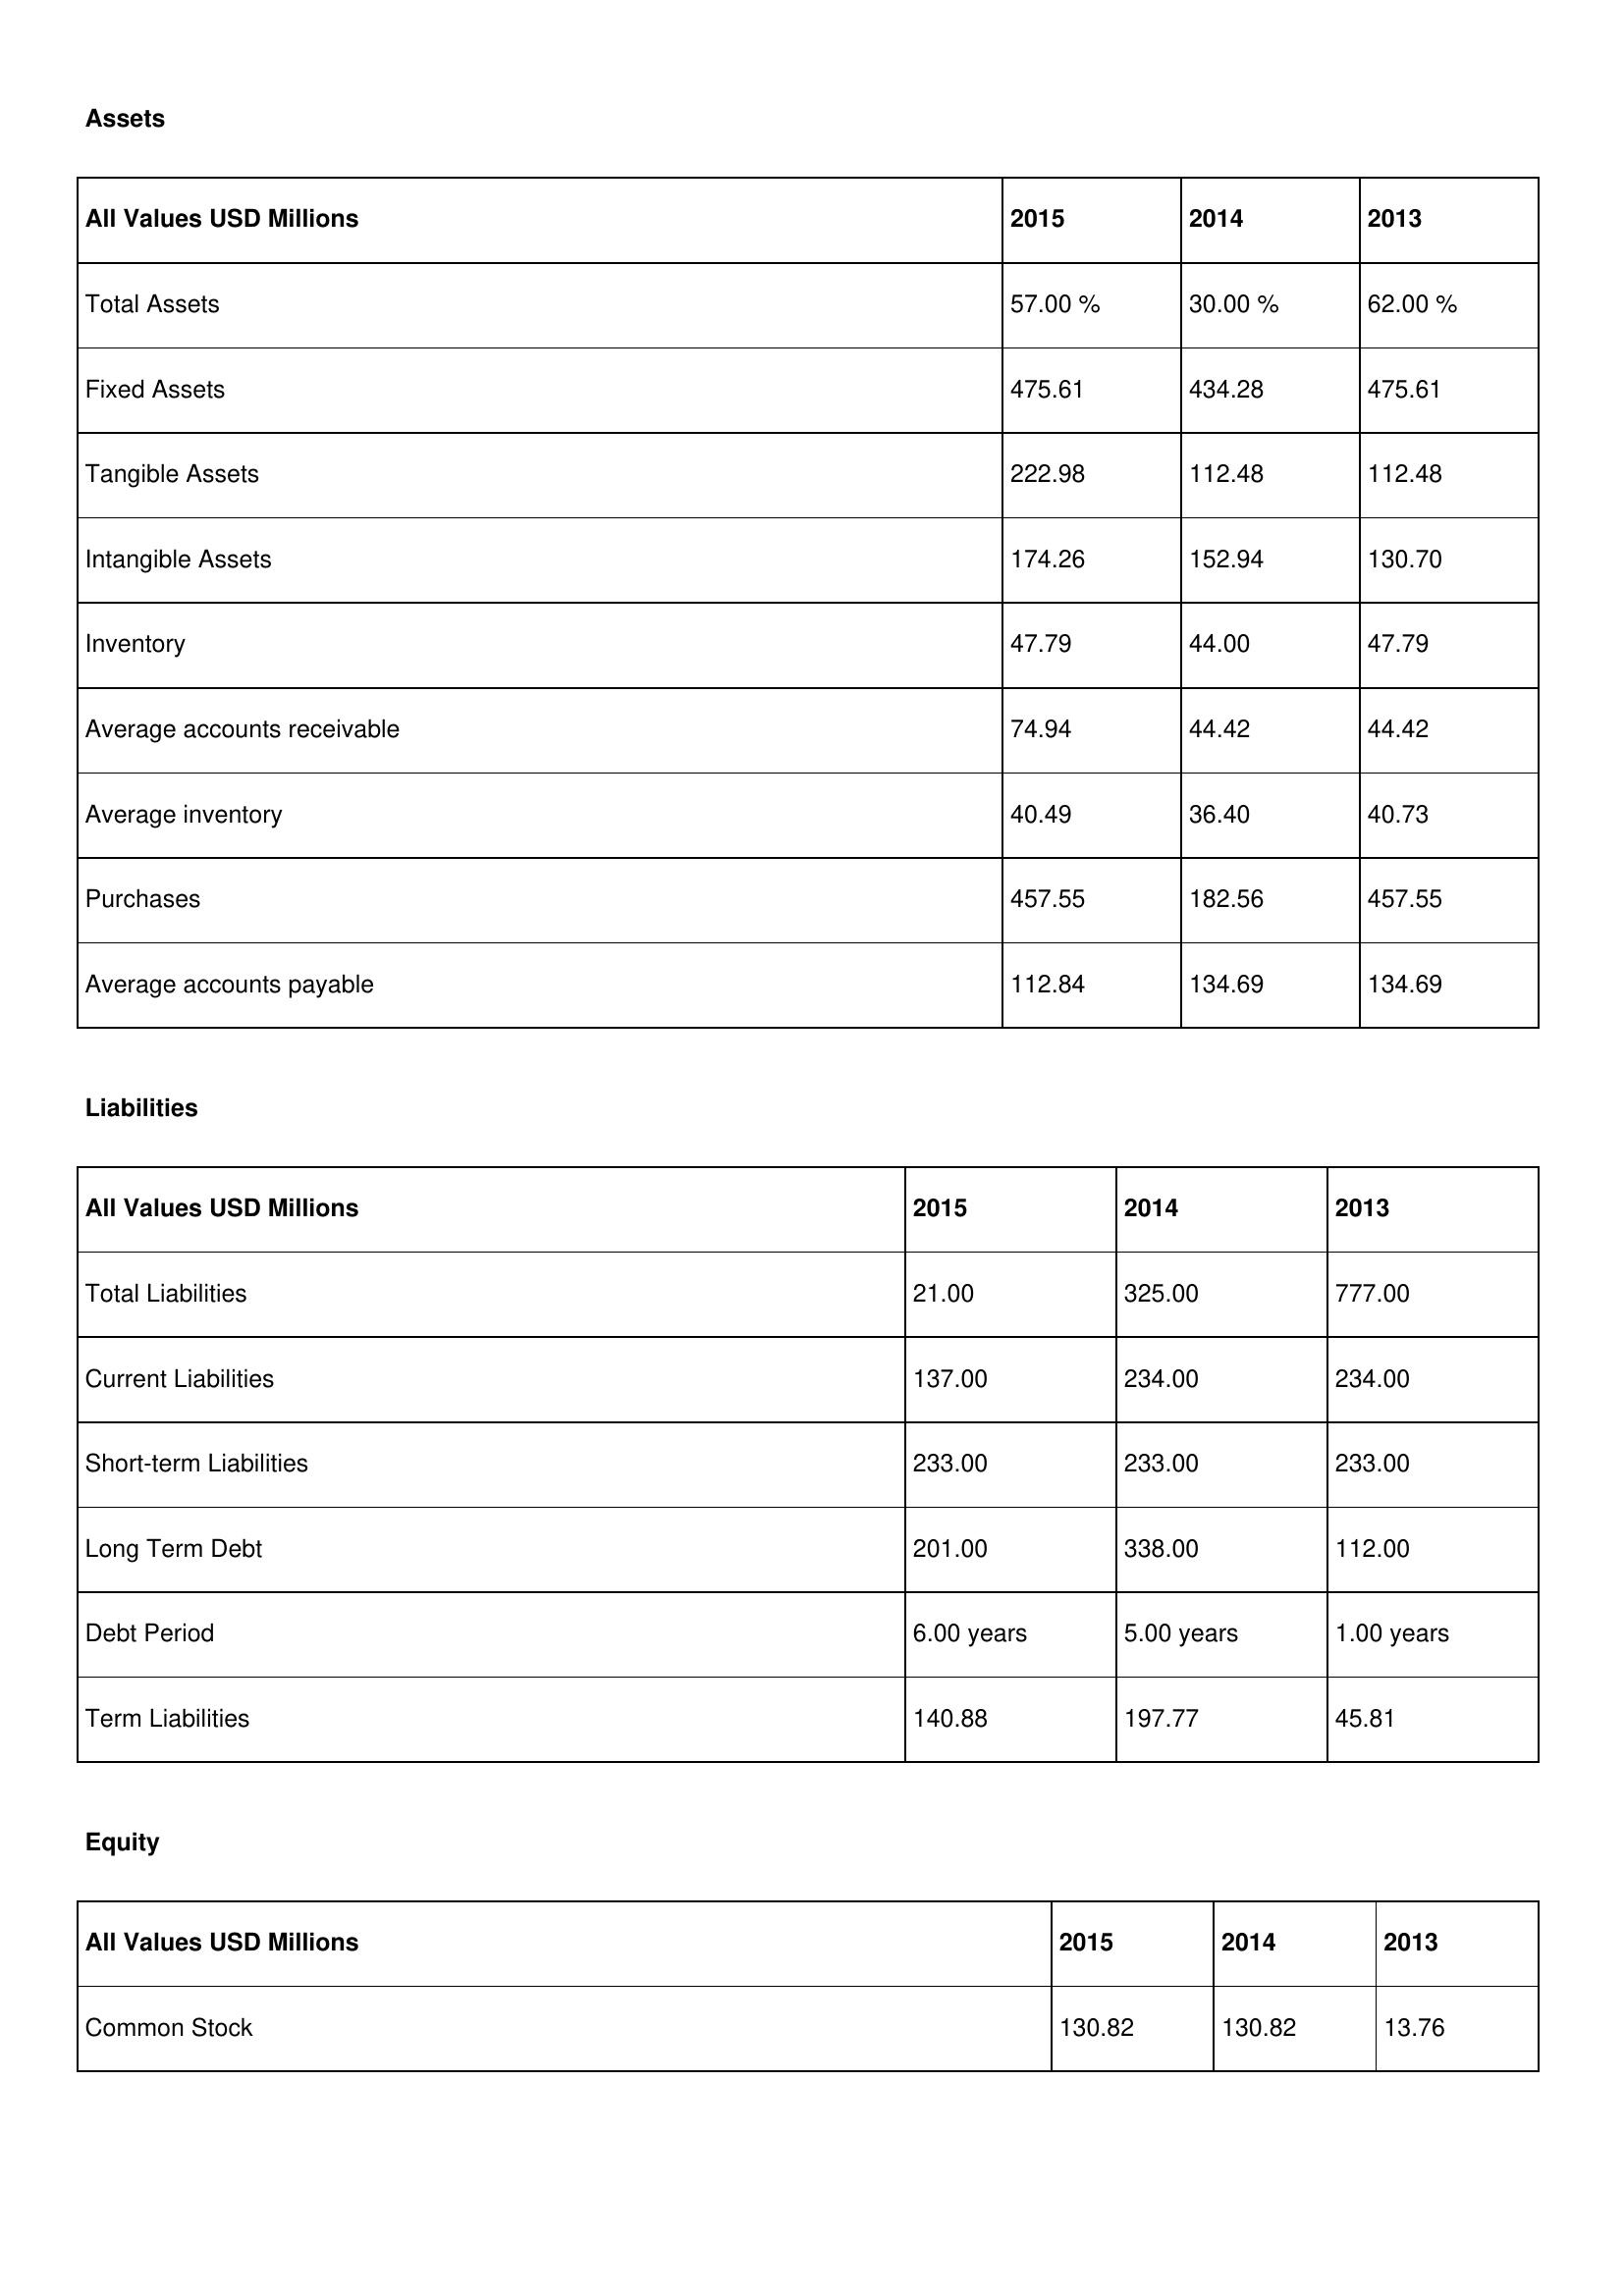
gt_parse: 2015: Assets: Total Assets: 57.00 %
Fixed Assets: 475.61
Tangible Assets: 222.98
Intangible Assets: 174.26
Inventory: 47.79
Average accounts receivable: 74.94
Average inventory: 40.49
Purchases: 457.55
Average accounts payable: 112.84
Liabilities: Total Liabilities: 21.00
Current Liabilities: 137.00
Short-term Liabilities: 233.00
Long Term Debt: 201.00
Debt Period: 6.00 years
Term Liabilities: 140.88
Equity: Common Stock: 130.82
2014: Assets: Total Assets: 30.00 %
Fixed Assets: 434.28
Tangible Assets: 112.48
Intangible Assets: 152.94
Inventory: 44.00
Average accounts receivable: 44.42
Average inventory: 36.40
Purchases: 182.56
Average accounts payable: 134.69
Liabilities: Total Liabilities: 325.00
Current Liabilities: 234.00
Short-term Liabilities: 233.00
Long Term Debt: 338.00
Debt Period: 5.00 years
Term Liabilities: 197.77
Equity: Common Stock: 130.82
2013: Assets: Total Assets: 62.00 %
Fixed Assets: 475.61
Tangible Assets: 112.48
Intangible Assets: 130.70
Inventory: 47.79
Average accounts receivable: 44.42
Average inventory: 40.73
Purchases: 457.55
Average accounts payable: 134.69
Liabilities: Total Liabilities: 777.00
Current Liabilities: 234.00
Short-term Liabilities: 233.00
Long Term Debt: 112.00
Debt Period: 1.00 years
Term Liabilities: 45.81
Equity: Common Stock: 13.76